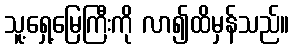
သူ့ရှေ့မြေကြီးကို လာ၍ထိမှန်သည်။